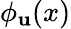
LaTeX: \phi_{\mathbf{u}}(x)